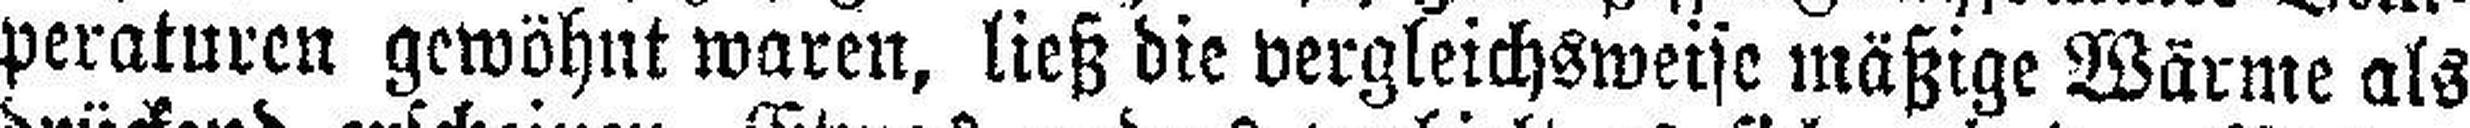
peraturen gewöhnt waren, ließ die vergleichsweise mäßige Wärme als